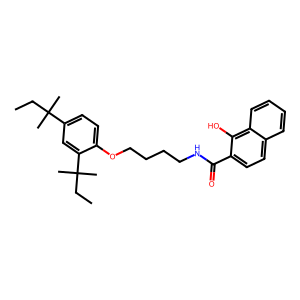
SMILES: CCC(C)(C)c1ccc(OCCCCNC(=O)c2ccc3ccccc3c2O)c(C(C)(C)CC)c1
Inhibits HIV replication: No